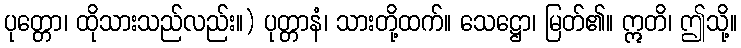
ပုတ္တော၊ ထိုသားသည်လည်း။) ပုတ္တာနံ၊ သားတို့ထက်။ သေဋ္ဌော၊ မြတ်၏။ ဣတိ၊ ဤသို့။